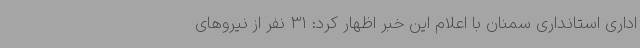
اداری استانداری سمنان با اعلام این خبر اظهار کرد: 31 نفر از نیروهای